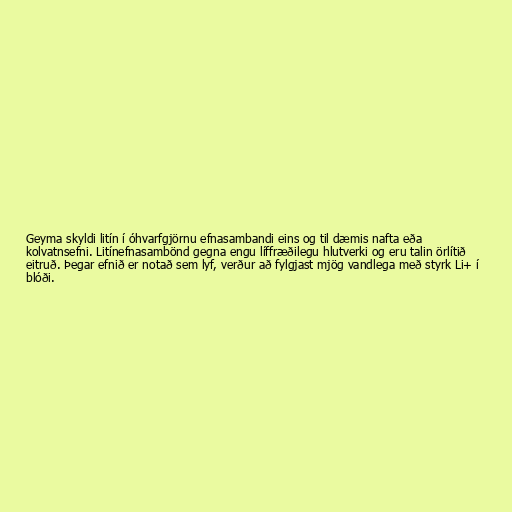
Geyma skyldi litín í óhvarfgjörnu efnasambandi eins og til dæmis nafta eða
kolvatnsefni. Litínefnasambönd gegna engu líffræðilegu hlutverki og eru talin örlítið
eitruð. Þegar efnið er notað sem lyf, verður að fylgjast mjög vandlega með styrk Li+ í
blóði.